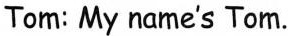
Tom: My name's Tom.